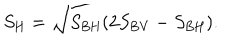
LaTeX: S _ { \mathrm { H } } = \sqrt { S _ { \mathrm { B H } } ( 2 S _ { \mathrm { B V } } - S _ { \mathrm { B H } } ) } .